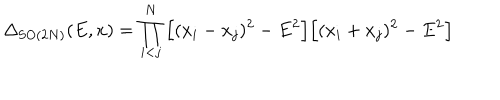
\Delta _ { \mathrm { S O } ( 2 N ) } ( E , x ) = \prod _ { i < j } ^ { N } \Big [ ( x _ { i } - x _ { j } ) ^ { 2 } - E ^ { 2 } \Big ] \Big [ ( x _ { i } + x _ { j } ) ^ { 2 } - E ^ { 2 } \Big ]